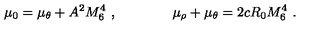
\mu _ { 0 } = \mu _ { \theta } + A ^ { 2 } M _ { 6 } ^ { 4 } \ , \qquad \qquad \mu _ { \rho } + \mu _ { \theta } = 2 c R _ { 0 } M _ { 6 } ^ { 4 } \ .